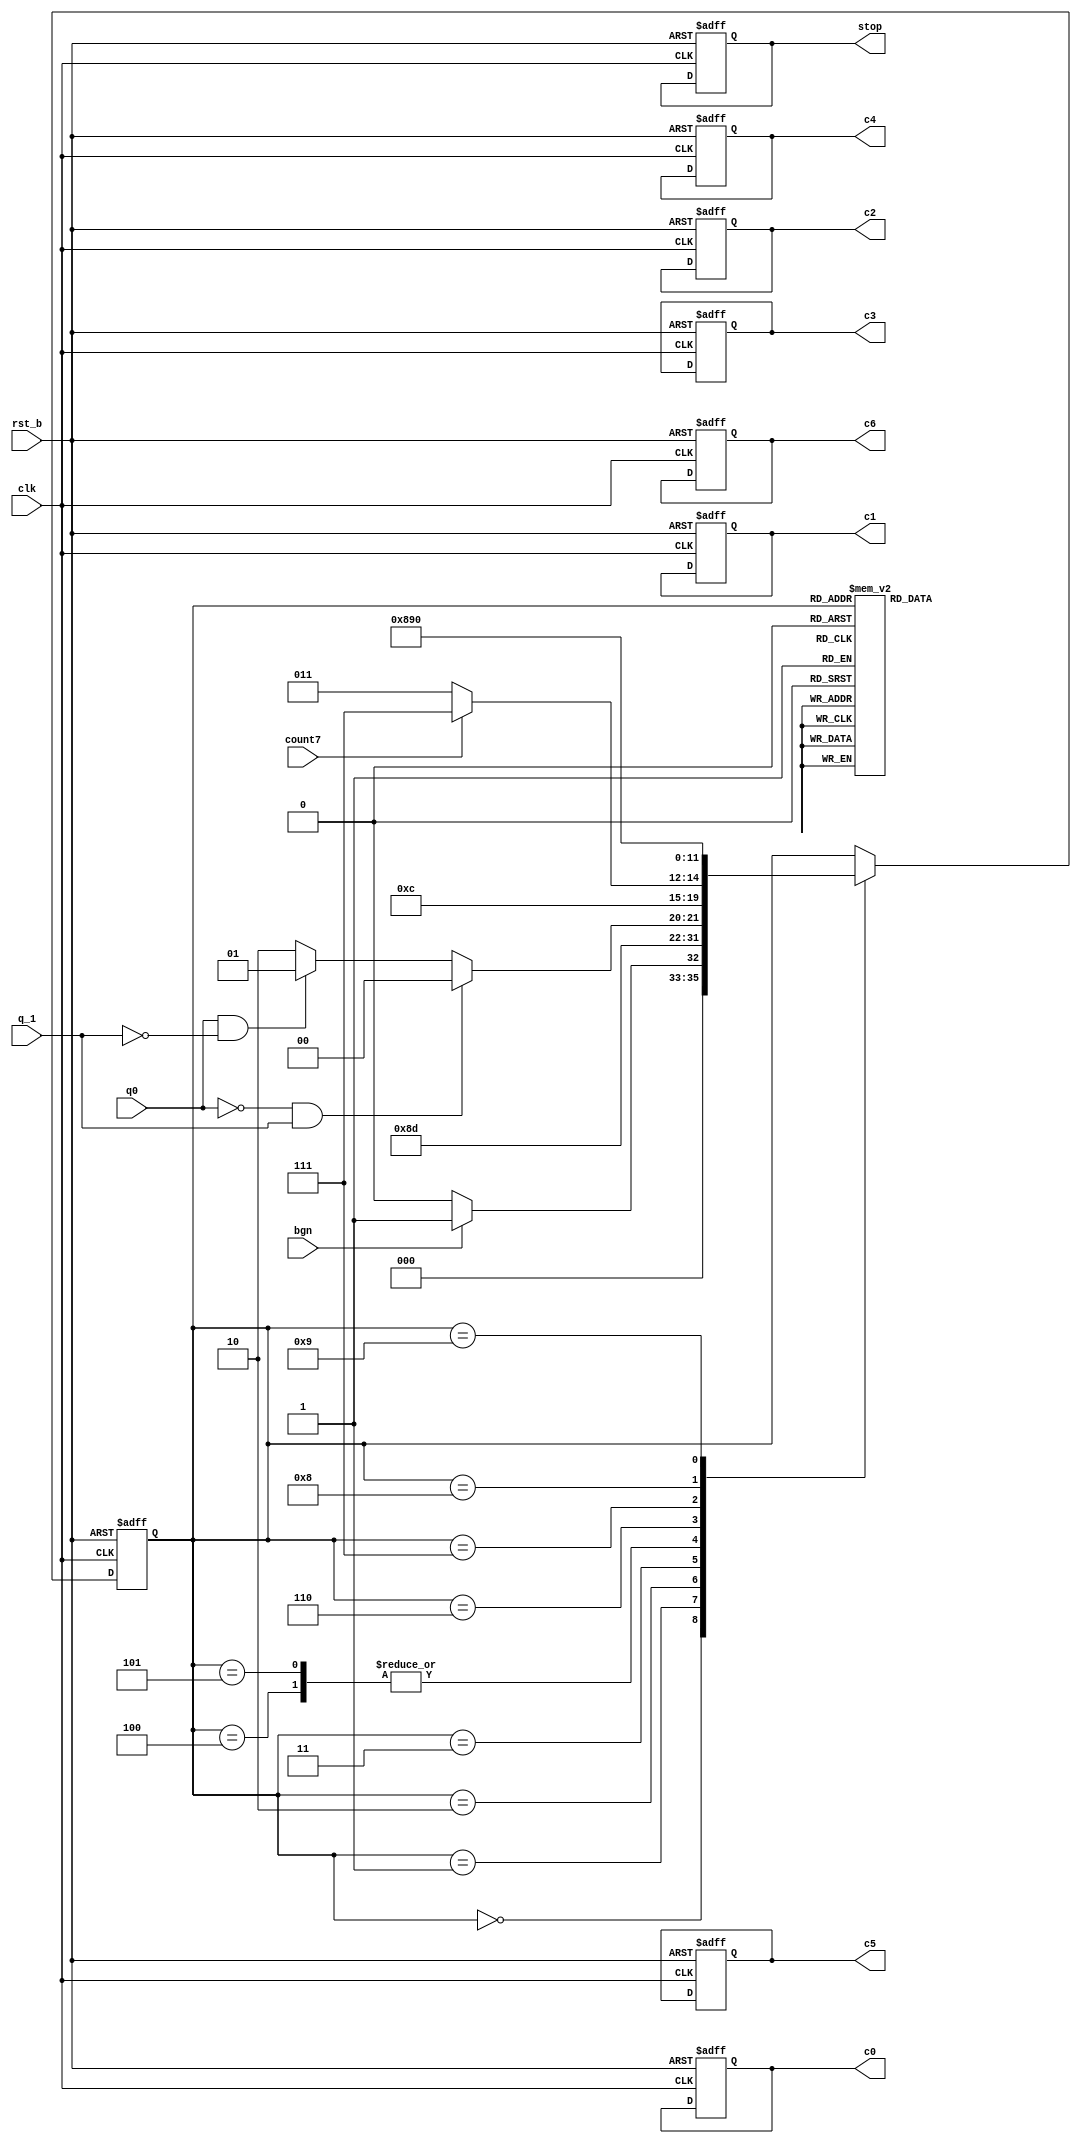
/*module control_unit(
  input clk, rst_b, bgn, q_1, q0, count7, // q_1 e q[-1] adica iesirea din reg_q_1, q0 e ultimul bit din Q adica q0 = Q[0] 
  output reg c0, c1, c2, c3, c4, c5, c6, stop // stop = end
);


localparam S0 = 4'b0000;
localparam S1 = 4'b0001;
localparam S2 = 4'b0010;
localparam S3 = 4'b0011;
localparam S4 = 4'b0100;
localparam S5 = 4'b0101;
localparam S6 = 4'b0110;
localparam S7 = 4'b0111;
localparam S8 = 4'b1000;
reg [3:0] st;
reg [3:0] st_nxt;
  
  always@(*) begin
    
    case(st)
      S0 : begin 
            stop = 0;
            c0=0;c1=0;c2=0;c3=0;c4=0;c5=0;c6=0;
            if(bgn) st_nxt = S1;
              else st_nxt = S0;
            end
      S1 : begin
            c0=1;
            st_nxt = S2;
          end 
      S2 : begin
            c0=0;  //acum sunt toti clks pe 0
            c1 = 1; 
            c4 = 0;
            if(q0 == 0 && q_1 == 1) st_nxt = S3;
            else if(q0 == 1 && q_1 == 0) st_nxt = S4;
            else st_nxt = S5;   
          end
      S3 : begin
            c1=0;
            c2=1;
            st_nxt = S5;
          end
      S4 : begin
            c1=0;
            c2= 1;
            c3 = 1;
            st_nxt = S5;
          end
      S5 : begin
            c1=0;
            c2 = 0;
            c3 = 0;
            c4 = 1;
            if(count7 == 0)
              st_nxt = S2;
            else st_nxt = S6;
          end
          
       S6 : begin
            c1=0;
            c2=0;
            c3=0;
            c4=0;
            c5=1;
            st_nxt = S7;
          end
          
        S7 : begin
            c5=0;
            c6=1;
//            stop = 1;
            //bgn = 0;
            st_nxt = S0;
    
          end
        S8 : begin stop = 1;
          c6 = 0;
      end
    endcase
    
end


always@(posedge clk, negedge rst_b) begin
  if(!rst_b) st <= S0; // rst_b asincton, if(rst_b==0)
  else st <= st_nxt;
end


endmodule
*/
module control_unit(
  input clk, rst_b, bgn, q_1, q0, count7, // q_1 e q[-1] adica iesirea din reg_q_1, q0 e ultimul bit din Q adica q0 = Q[0] 
  output reg c0, c1, c2, c3, c4, c5, c6, stop // stop = end
);


localparam S0 = 4'b0000;
localparam S1 = 4'b0001;
localparam S2 = 4'b0010;
localparam S3 = 4'b0011;
localparam S4 = 4'b0100;
localparam S5 = 4'b0101;
localparam S6 = 4'b0110;
localparam S7 = 4'b0111;
localparam S8 = 4'b1000;
localparam S9 = 4'b1001;

reg [3:0] st;
reg [3:0] st_nxt;
  
  always@(*) begin
    st_nxt = st;
    case(st)
      S0 : begin 
            if(bgn) st_nxt = S1;
              else st_nxt = S0;
            end
      S1 : begin
            st_nxt = S2;
          end 
      S2: st_nxt = S3;
      S3 : begin
            if(q0 == 0 && q_1 == 1) st_nxt = S4;
            else if(q0 == 1 && q_1 == 0) st_nxt = S5;
            else st_nxt = S6;   
          end
      S4 : st_nxt = S6;
      S5 : st_nxt = S6;
      S6 : begin
            if(count7 == 0)
              st_nxt = S3;
            else st_nxt = S7;
          end
          
      S7 : st_nxt = S8; 
      S8 : st_nxt = S9;
      S9 : st_nxt = S0;
    endcase
    
end

always@(*) begin
  stop = 0;
  c0=0;c1=0;c2=0;c3=0;c4=0;c5=0;c6=0;
  case(st)
    S1: c0 = 1;
    S2: begin c0 = 0; c1=1; end
    S3: begin c1 = 0; c4 = 0; end
    S4: begin c1 = 0; c2 = 1; end
    S5: begin c1 = 0; c2 = 1; c3 = 1; end
    S6: begin c2 = 0; c3 = 0; c4 = 1; end
    S7: begin c4 = 0; c5 = 1; end
    S8: begin c5 = 0; c6 = 1; end
    S9: begin c6 = 0; stop =1; end
  endcase
end


always@(posedge clk, negedge rst_b) begin
  if(!rst_b) 
  begin
    st <= S0; 
    stop <= 0;
    c0<=0;c1<=0;c2<=0;c3<=0;c4<=0;c5<=0;c6<=0;
  end
    else st <= st_nxt;
end

endmodule